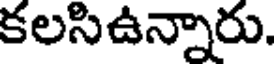
కలసిఉన్నారు.